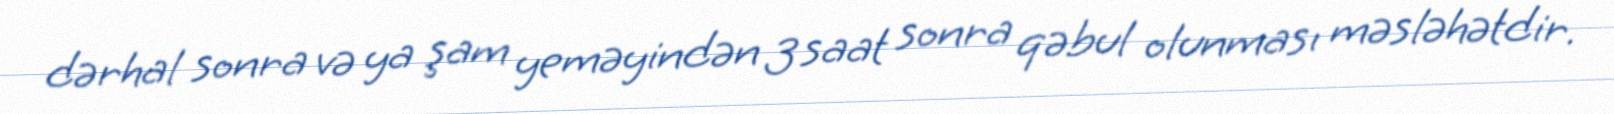
dərhal sonra və ya şam yeməyindən 3 saat sonra qəbul olunması məsləhətdir.